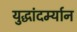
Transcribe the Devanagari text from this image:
युद्धांदर्म्यान